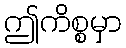
ဤကိစ္စမှာ